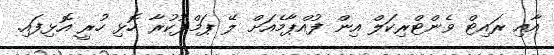
އާއި ރައިޓް ވެންޓްރިކަލް އިން ފުއްޕާމެއަށް ލޭ ޕަމްޕުކުރާ ހޮޅި ހުރީ އޮޅިފައި.